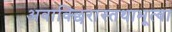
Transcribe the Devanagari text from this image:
अवाक्छिरास्तथाभूत्वा